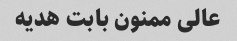
عالی ممنون بابت هدیه